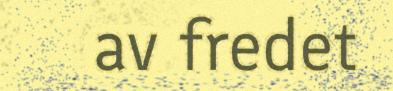
av fredet